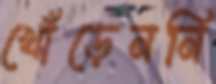
খোঁড়েননি